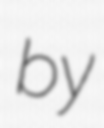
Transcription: by